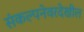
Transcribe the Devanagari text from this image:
संकल्पनेवरदेखील